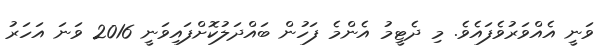
ވަނީ އެއްވަރުވެފައެވެ. މި ދެޓީމު އެންމެ ފަހުން ބައްދަލުކޮށްފައިވަނީ 2016 ވަނަ އަހަރު